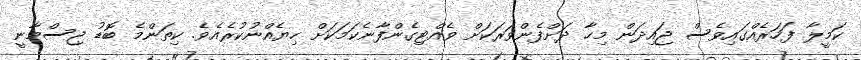
ކަމީލާ ފަހަރެއްގައިވެސް ޖައިދަން މިހާ ދަށްފެންވަރަކަށް ވެއްޓިގެންފާނެކަމަކަށް ހިޔެއްނުކުރެއެވެ. ކިތަންމެ ބޮޑު ޖިސްމާނީ